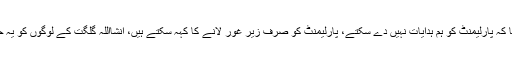
چیف جسٹس نے کہا کہ پارلیمنٹ کو ہم ہدایات نہیں دے سکتے، پارلیمنٹ کو صرف زیر غور لانے کا کہہ سکتے ہیں، انشااللہ گلگت کے لوگوں کو یہ حق ضرور ملے گا ۔